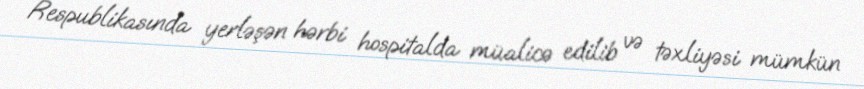
Respublikasında yerləşən hərbi hospitalda müalicə edilib və təxliyəsi mümkün